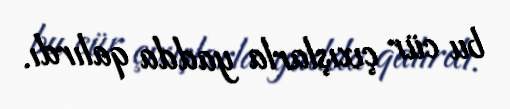
bu cür çıxışlarla yadda qalırdı.